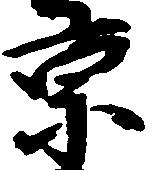
京